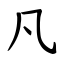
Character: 凡